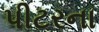
પીટરના